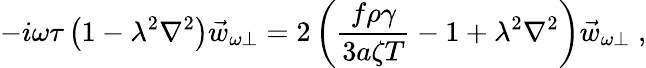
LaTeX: -i\omega\tau\left(1-\lambda^{2}\nabla^{2}\right)\vec{w}_{\omega\perp}=2\left(\frac{f\rho\gamma}{3a\zeta T}-1+\lambda^{2}\nabla^{2}\right)\vec{w}_{\omega\perp}\; ,